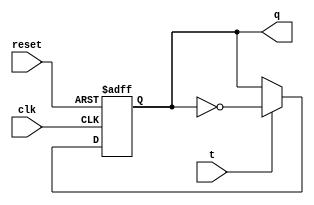
 module t_flipflop (
  t,clk,reset ,q
  );
  input t, clk, reset ; 
  output q;
  reg q;
  always @ ( posedge clk or negedge reset)
  if (~reset) begin
    q <= 1'b0;
  end else if (t) begin
    q <=  ! q;
  end
  
  endmodule